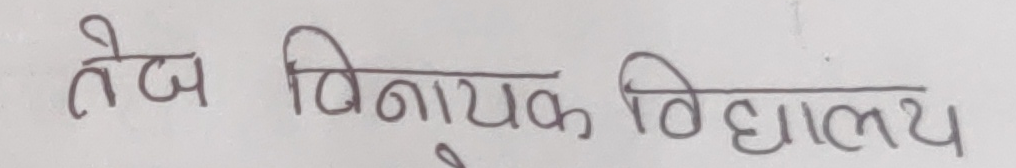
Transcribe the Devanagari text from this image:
तेज विनायक विद्यालय